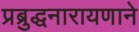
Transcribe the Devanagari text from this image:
प्रब्रुद्धनारायणाने